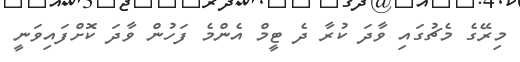
މިރޭގެ މެޗުގައި ވާދަ ކުރާ ދެ ޓީމް އެންމެ ފަހުން ވާދަ ކޮށްފައިވަނީ